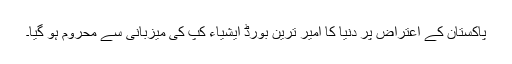
پاکستان کے اعتراض پر دنیا کا امیر ترین بورڈ ایشیاء کپ کی میزبانی سے محروم ہو گیا۔